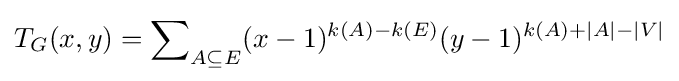
T_{G}(x,y)=\sum \nolimits _{A\subseteq E}(x-1)^{k(A)-k(E)}(y-1)^{k(A)+|A|-|V|}